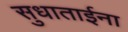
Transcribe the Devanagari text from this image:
सुधाताईना